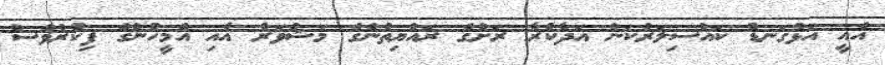
އެއީ އަޅުގަނޑު ކައުސިލަރުކަން އަދާކުރާ ރަށުގެ ރައްޔިތުންގެ މަޝްވަރާ އާއި އެމީހުންގެ ފިކުރުވެސް